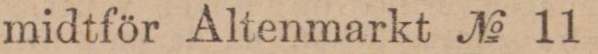
midtför Altenmarkt № 11